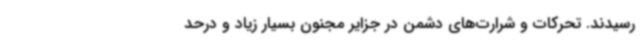
رسیدند. تحرکات و شرارت‌های دشمن در جزایر مجنون بسیار زیاد و درحد